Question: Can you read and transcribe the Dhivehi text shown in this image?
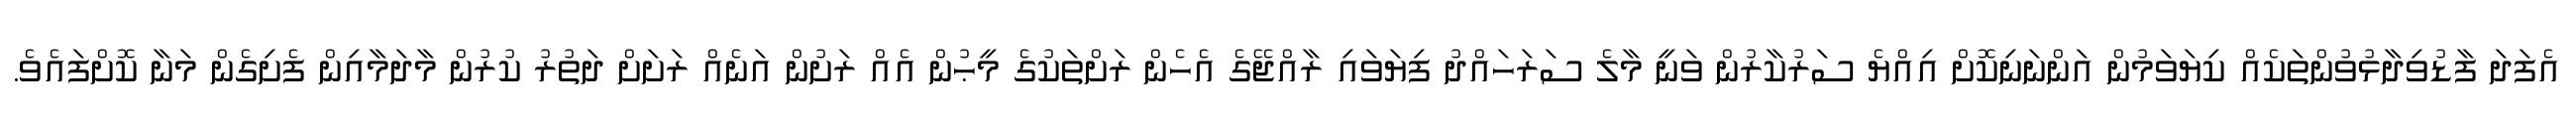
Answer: އެފަދަ ފާޑުވިދާޅުވުންތަކެއް ކިޔަވަމުން އަންނަނިކޮށް އިއްޔެ ސަރުކާރުން ވަނީ މާލެ ސަރަހައްދު ފިޔަވައި ރާއްޖޭގެ އެހެން ރަށްތަކުގެ މީޙުން އެއް ރަށުން އަނެއް ރަށަށް ދަތުރު ކުރުން މާދަމާއިން ފެށިގެން މަނާ ކޮށްފައެވެ.